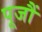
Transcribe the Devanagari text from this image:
पूजौं